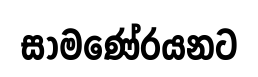
සාමණේරයනට